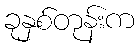
ခုနှစ်တုန်းက